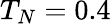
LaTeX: T_{N}=0.4